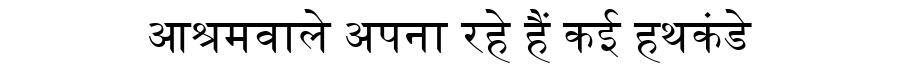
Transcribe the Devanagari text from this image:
आश्रमवाले अपना रहे हैं कई हथकंडे